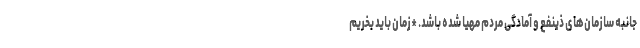
جانبه سازمان‌های ذینفع و آمادگی مردم مهیا شده باشد. *زمان باید بخریم